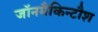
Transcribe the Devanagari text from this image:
जॉनमैकिन्टौश